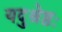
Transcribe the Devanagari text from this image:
यदुश्रेष्ठः